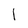
Character: 1